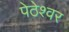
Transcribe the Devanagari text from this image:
पेठेश्वर